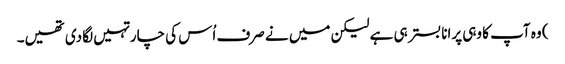
) وہ آپ کا وہی پرانا بستر ہی ہے لیکن میں نے صرف اُس کی چار تہیں لگا دی تھیں۔